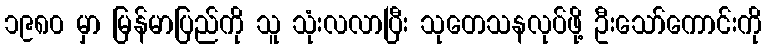
၁၉၈၀ မှာ မြန်မာပြည်ကို သူ သုံးလလာပြီး သုတေသနလုပ်ဖို့ ဦးသော်ကောင်းကို